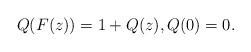
LaTeX: \begin{align*}Q(F(z)) = 1+Q(z),Q(0)=0.\end{align*}